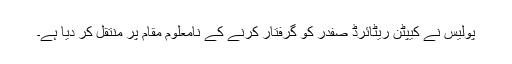
پولیس نے کیپٹن ریٹائرڈ صفدر کو گرفتار کرنے کے نامعلوم مقام پر منتقل کر دیا ہے۔